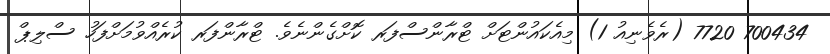
700434 7720 (ރެވެނިއު 1) މިއެކައުންޓަށް ޓްރާންސްފަރ ކޮށްގެންނެވެ. ޓްރާންފަރ ކުރެއްވުމަށްފަހު ސްލިޕް